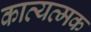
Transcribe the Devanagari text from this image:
काव्यत्मक